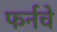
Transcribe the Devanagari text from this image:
फर्नचे